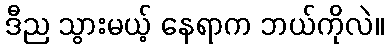
ဒီည သွားမယ့် နေရာက ဘယ်ကိုလဲ။